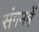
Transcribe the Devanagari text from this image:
संगममें